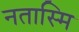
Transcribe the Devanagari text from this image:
नतास्मि